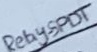
Text: Relay-SPDT